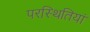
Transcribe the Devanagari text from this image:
परस्थितियां